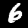
Label: 6